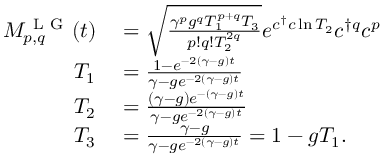
\begin{array} { r l } { M _ { p , q } ^ { \mathrm { ~ L ~ G ~ } } ( t ) } & { { } = \sqrt { \frac { \gamma ^ { p } g ^ { q } T _ { 1 } ^ { p + q } T _ { 3 } } { p ! q ! T _ { 2 } ^ { 2 q } } } e ^ { c ^ { \dagger } c \ln T _ { 2 } } c ^ { \dagger q } c ^ { p } } \\ { T _ { 1 } } & { { } = \frac { 1 - e ^ { - 2 ( \gamma - g ) t } } { \gamma - g e ^ { - 2 ( \gamma - g ) t } } } \\ { T _ { 2 } } & { { } = \frac { ( \gamma - g ) e ^ { - ( \gamma - g ) t } } { \gamma - g e ^ { - 2 ( \gamma - g ) t } } } \\ { T _ { 3 } } & { { } = \frac { \gamma - g } { \gamma - g e ^ { - 2 ( \gamma - g ) t } } = 1 - g T _ { 1 } . } \end{array}